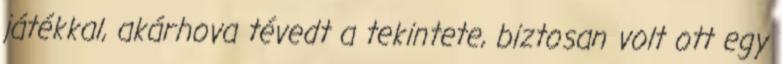
játékkal, akárhova tévedt a tekintete, biztosan volt ott egy